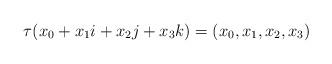
LaTeX: \begin{align*}\tau(x_0+x_1i+x_2j+x_3k)=(x_0,x_1,x_2,x_3)\end{align*}